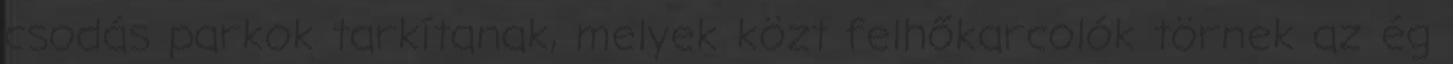
csodás parkok tarkítanak, melyek közt felhőkarcolók törnek az ég